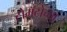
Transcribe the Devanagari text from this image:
टोमॅटोच्या